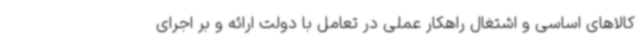
کالاهای اساسی و اشتغال راهکار عملی در تعامل با دولت ارائه و بر اجرای